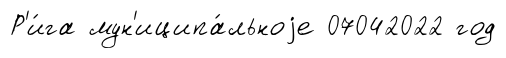
Р'и́га мун'иципа́льноjе 07042022 год